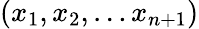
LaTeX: (x_{1},x_{2},\ldots x_{n+1})